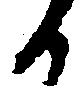
か